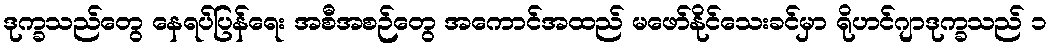
ဒုက္ခသည်တွေ နေရပ်ပြန်ရေး အစီအစဉ်တွေ အကောင်အထည် မဖော်နိုင်သေးခင်မှာ ရိုဟင်ဂျာဒုက္ခသည် ၁